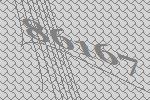
86167